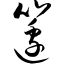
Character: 笾